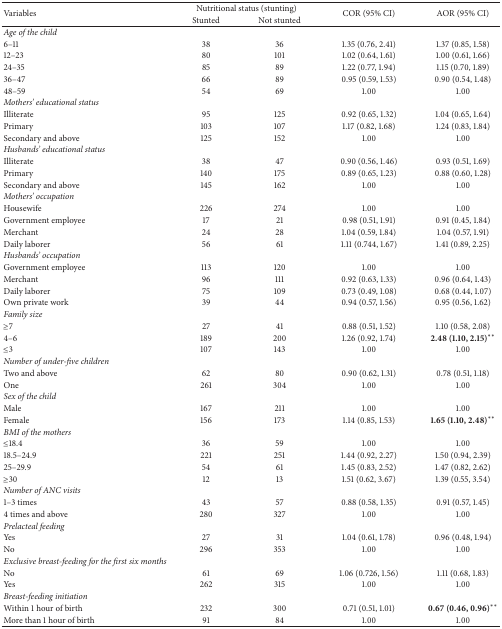
<table><thead><tr><td rowspan="2"><b>Variables</b></td><td colspan="2"><b> Nutritional status (stunting)</b></td><td rowspan="2"><b>COR (95% CI)</b></td><td rowspan="2"><b>AOR (95% CI)</b></td></tr><tr><td><b>Stunted</b></td><td><b>Not stunted</b></td></tr></thead><tbody><tr><td><i>Age of the child</i></td><td> </td><td> </td><td> </td><td> </td></tr><tr><td>6–11</td><td>38</td><td>36</td><td>1.35 (0.76, 2.41)</td><td>1.37 (0.85, 1.58)</td></tr><tr><td>12–23</td><td>80</td><td>101</td><td>1.02 (0.64, 1.61)</td><td>1.00 (0.61, 1.66)</td></tr><tr><td>24–35</td><td>85</td><td>89</td><td>1.22 (0.77, 1.94)</td><td>1.15 (0.70, 1.89)</td></tr><tr><td>36–47</td><td>66</td><td>89</td><td>0.95 (0.59, 1.53)</td><td>0.90 (0.54, 1.48)</td></tr><tr><td>48–59</td><td>54</td><td>69</td><td>1.00</td><td>1.00</td></tr><tr><td><i>Mothers&#x27; educational status</i></td><td> </td><td> </td><td> </td><td> </td></tr><tr><td>Illiterate</td><td>95</td><td>125</td><td>0.92 (0.65, 1.32)</td><td>1.04 (0.65, 1.64)</td></tr><tr><td>Primary</td><td>103</td><td>107</td><td>1.17 (0.82, 1.68)</td><td>1.24 (0.83, 1.84)</td></tr><tr><td>Secondary and above</td><td>125</td><td>152</td><td>1.00</td><td>1.00</td></tr><tr><td><i>Husbands&#x27; educational status</i></td><td> </td><td> </td><td> </td><td> </td></tr><tr><td>Illiterate</td><td>38</td><td>47</td><td>0.90 (0.56, 1.46)</td><td>0.93 (0.51, 1.69)</td></tr><tr><td>Primary</td><td>140</td><td>175</td><td>0.89 (0.65, 1.23)</td><td>0.88 (0.60, 1.28)</td></tr><tr><td>Secondary and above</td><td>145</td><td>162</td><td>1.00</td><td>1.00</td></tr><tr><td><i>Mothers&#x27; occupation</i></td><td> </td><td> </td><td> </td><td> </td></tr><tr><td>Housewife</td><td>226</td><td>274</td><td>1.00</td><td>1.00</td></tr><tr><td>Government employee</td><td>17</td><td>21</td><td>0.98 (0.51, 1.91)</td><td>0.91 (0.45, 1.84)</td></tr><tr><td>Merchant</td><td>24</td><td>28</td><td>1.04 (0.59, 1.84)</td><td>1.04 (0.57, 1.91)</td></tr><tr><td>Daily laborer</td><td>56</td><td>61</td><td>1.11 (0.744, 1.67)</td><td>1.41 (0.89, 2.25)</td></tr><tr><td><i>Husbands&#x27; occupation</i></td><td> </td><td> </td><td> </td><td> </td></tr><tr><td>Government employee</td><td>113</td><td>120</td><td>1.00</td><td>1.00</td></tr><tr><td>Merchant</td><td>96</td><td>111</td><td>0.92 (0.63, 1.33)</td><td>0.96 (0.64, 1.43)</td></tr><tr><td>Daily laborer</td><td>75</td><td>109</td><td>0.73 (0.49, 1.08)</td><td>0.68 (0.44, 1.07)</td></tr><tr><td>Own private work</td><td>39</td><td>44</td><td>0.94 (0.57, 1.56)</td><td>0.95 (0.56, 1.62)</td></tr><tr><td><i>Family size</i></td><td> </td><td> </td><td> </td><td> </td></tr><tr><td>≥7</td><td>27</td><td>41</td><td>0.88 (0.51, 1.52)</td><td>1.10 (0.58, 2.08)</td></tr><tr><td>4–6</td><td>189</td><td>200</td><td>1.26 (0.92, 1.74)</td><td><b>2.48 (1.10, 2.15)</b><sup><i>∗∗</i></sup></td></tr><tr><td>≤3</td><td>107</td><td>143</td><td>1.00</td><td>1.00</td></tr><tr><td><i>Number of under-five children</i></td><td> </td><td> </td><td> </td><td> </td></tr><tr><td>Two and above</td><td>62</td><td>80</td><td>0.90 (0.62, 1.31)</td><td>0.78 (0.51, 1.18)</td></tr><tr><td>One</td><td>261</td><td>304</td><td>1.00</td><td>1.00</td></tr><tr><td><i>Sex of the child</i></td><td> </td><td> </td><td> </td><td> </td></tr><tr><td>Male</td><td>167</td><td>211</td><td>1.00</td><td>1.00</td></tr><tr><td>Female</td><td>156</td><td>173</td><td>1.14 (0.85, 1.53)</td><td><b>1.65 (1.10, 2.48)</b><sup><i>∗∗</i></sup></td></tr><tr><td><i>BMI of the mothers</i></td><td> </td><td> </td><td> </td><td> </td></tr><tr><td>≤18.4</td><td>36</td><td>59</td><td>1.00</td><td>1.00</td></tr><tr><td>18.5–24.9</td><td>221</td><td>251</td><td>1.44 (0.92, 2.27)</td><td>1.50 (0.94, 2.39)</td></tr><tr><td>25–29.9</td><td>54</td><td>61</td><td>1.45 (0.83, 2.52)</td><td>1.47 (0.82, 2.62)</td></tr><tr><td>≥30</td><td>12</td><td>13</td><td>1.51 (0.62, 3.67)</td><td>1.39 (0.55, 3.54)</td></tr><tr><td><i>Number of ANC visits</i></td><td> </td><td> </td><td> </td><td> </td></tr><tr><td>1–3 times</td><td>43</td><td>57</td><td>0.88 (0.58, 1.35)</td><td>0.91 (0.57, 1.45)</td></tr><tr><td>4 times and above</td><td>280</td><td>327</td><td>1.00</td><td>1.00</td></tr><tr><td><i>Prelacteal feeding</i></td><td> </td><td> </td><td> </td><td> </td></tr><tr><td>Yes</td><td>27</td><td>31</td><td>1.04 (0.61, 1.78)</td><td>0.96 (0.48, 1.94)</td></tr><tr><td>No</td><td>296</td><td>353</td><td>1.00</td><td>1.00</td></tr><tr><td><i>Exclusive breast-feeding for the first six months</i></td><td> </td><td> </td><td> </td><td> </td></tr><tr><td>No</td><td>61</td><td>69</td><td>1.06 (0.726, 1.56)</td><td>1.11 (0.68, 1.83)</td></tr><tr><td>Yes</td><td>262</td><td>315</td><td>1.00</td><td>1.00</td></tr><tr><td><i>Breast-feeding initiation</i></td><td> </td><td> </td><td> </td><td> </td></tr><tr><td>Within 1 hour of birth</td><td>232</td><td>300</td><td>0.71 (0.51, 1.01)</td><td><b>0.67 (0.46, 0.96)</b><sup><i>∗∗</i></sup></td></tr><tr><td>More than 1 hour of birth</td><td>91</td><td>84</td><td>1.00</td><td>1.00</td></tr></tbody></table>